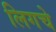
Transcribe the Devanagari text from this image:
लिगचे